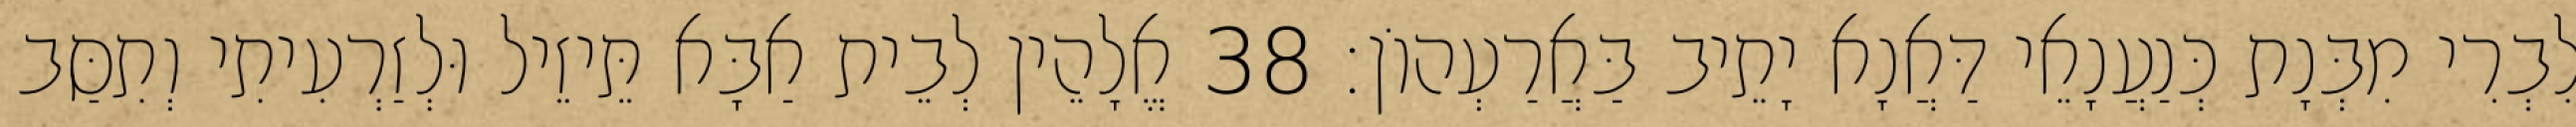
לִבְרִי מִבְּנָת כְּנַעֲנָאֵי דַּאֲנָא יָתֵיב בַּאֲרַעְהוֹן׃ 38 אֱלָהֵין לְבֵית אַבָּא תֵּיזֵיל וּלְזַרְעִיתִי וְתִסַּב